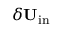
\delta { \bf { U } } _ { \mathrm { { i n } } }